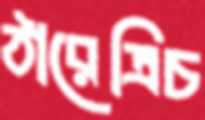
ঠারেত্রিচ